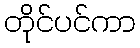
တိုင်ပင်ကာ